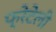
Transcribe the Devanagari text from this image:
फ्रेटेली